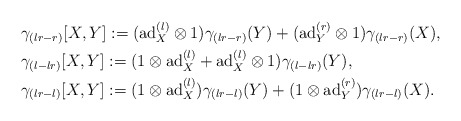
\begin{align*}& \gamma_{(lr-r)}[X,Y]:=(\mathrm{ad}_{X}^{(l)}\otimes 1)\gamma_{(lr-r)}(Y)+(\mathrm{ad}_{Y}^{(r)}\otimes 1)\gamma_{(lr-r)}(X),\\& \gamma_{(l-lr)}[X,Y]:=(1\otimes \mathrm{ad}_{X}^{(l)}+ \mathrm{ad}_{X}^{(l)}\otimes 1)\gamma_{(l-lr)}(Y),\\&\gamma_{(lr-l)}[X,Y]:=(1\otimes \mathrm{ad}_{X}^{(l)})\gamma_{(lr-l)}(Y)+(1\otimes \mathrm{ad}_{Y}^{(r)})\gamma_{(lr-l)}(X).\end{align*}